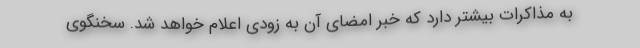
به مذاکرات بیشتر دارد که خبر امضای ‌آن به زودی اعلام خواهد شد. سخنگوی